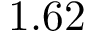
1 . 6 2